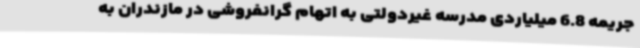
جریمه 6.8 میلیاردی مدرسه غیردولتی به اتهام گرانفروشی در مازندران به